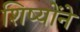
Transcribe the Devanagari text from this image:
शिष्योंने